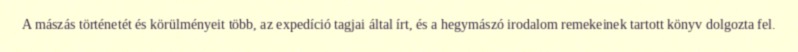
A mászás történetét és körülményeit több, az expedíció tagjai által írt, és a hegymászó irodalom remekeinek tartott könyv dolgozta fel.